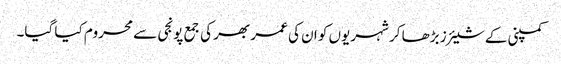
کمپنی کے شیئرز بڑھا کر شہریوں کو ان کی عمر بھر کی جمع پونجی سے محروم کیا گیا۔